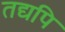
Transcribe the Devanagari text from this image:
तद्यपि